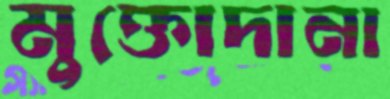
মুক্তোদানা